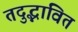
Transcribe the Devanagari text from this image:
तदुद्भावित